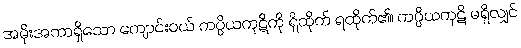
အမိုးအကာရှိသော ကျောင်းဝယ် ကပ္ပိယကုဋိကို ရှိထိုက် ရထိုက်၏၊ ကပ္ပိယကုဋိ မရှိလျှင်